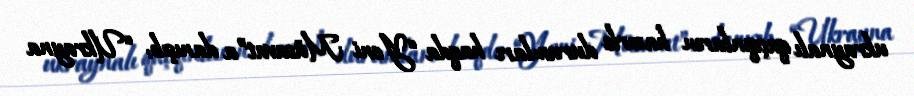
ukraynalı qaçqınların hazırkı durumları haqda “Yeni Müsavat”a danışıb: “Ukrayna